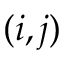
( i , j )